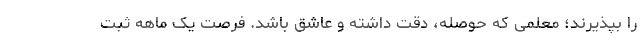
را بپذیرند؛ معلمی که حوصله، دقت داشته و عاشق باشد. فرصت یک ماهه ثبت